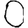
Digit: 0